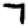
Digit: 7